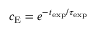
c _ { \mathrm { E } } = e ^ { - t _ { \mathrm { e x p } } / \tau _ { \mathrm { e x p } } }